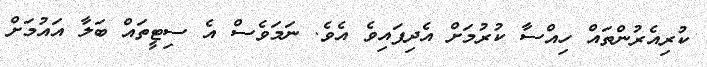
ކުރިއެރުންތައް ހިއްސާ ކުރުމަށް އެދިފައިވެ އެވެ. ނަމަވެސް އެ ސިޓީތައް ބަލާ އައުމަށް